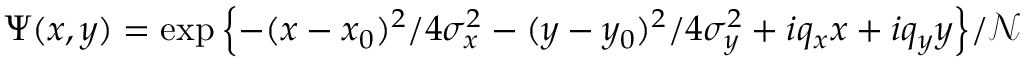
\Psi ( x , y ) = \exp { \left\{ - ( x - x _ { 0 } ) ^ { 2 } / 4 \sigma _ { x } ^ { 2 } - ( y - y _ { 0 } ) ^ { 2 } / 4 \sigma _ { y } ^ { 2 } + i q _ { x } x + i q _ { y } y \right\} } / \mathcal { N }